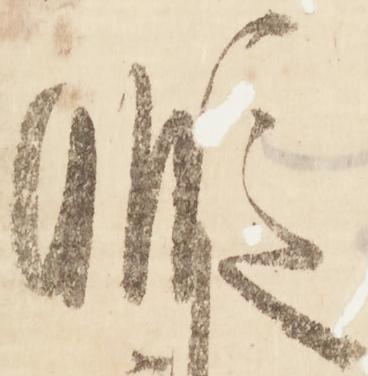
暇